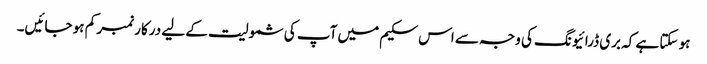
ہو سکتا ہے کہ بری ڈرائیونگ کی وجہ سے اس سکیم میں آپ کی شمولیت کے لیے درکار نمبر کم ہو جائیں۔